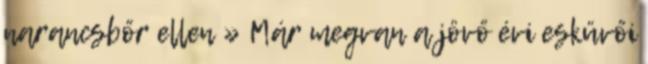
narancsbőr ellen » Már megvan a jövő évi esküvői